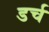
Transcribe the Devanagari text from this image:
डर्च